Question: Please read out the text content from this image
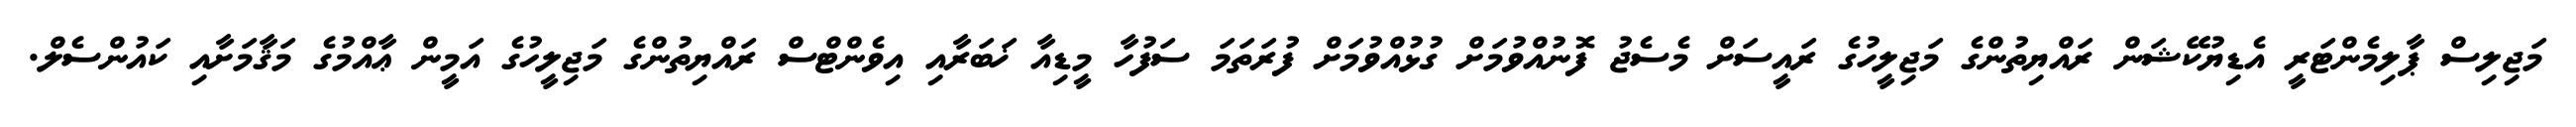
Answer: މަޖިލިސް ޕާލިމެންޓަރީ އެޑިޔުކޭޝަން ރައްޔިތުންގެ މަޖިލީހުގެ ރައީސަށް މެސެޖު ފޮނުއްވުމަށް ގުޅުއްވުމަށް ފުރަތަމަ ސަފުހާ މީޑިއާ ޚަބަރާއި އިވެންޓްސް ރައްޔިތުންގެ މަޖިލީހުގެ އަމީން ޢާއްމުގެ މަޤާމަށާއި ކައުންސެލް.